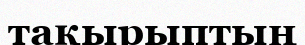
тақырыптың